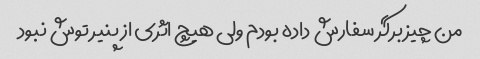
من چیز برگر سفارش داده بودم ولی هیچ اثری از پنیر توش نبود